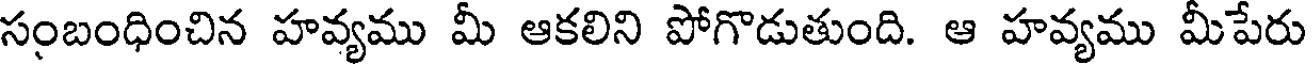
సంబంధించిన హవ్యము మీ ఆకలిని పోగొడుతుంది. ఆ హవ్యము మీపేరు